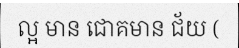
ល្អ មាន ជោគមាន ជ័យ (